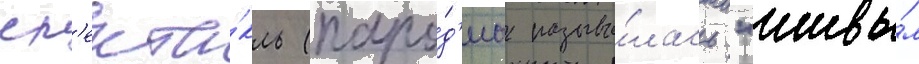
сп'екта́кль (паро́д'иа называ́лась "живы́м